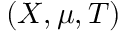
( X , \mu , T )